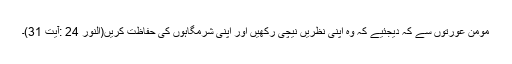
مومن عورتوں سے کہ دیجئیے کہ وہ اپنی نظریں نیچی رکھیں اور اپنی شرمگاہوں کی حفاظت کریں(النور 24 :آیت 31)۔